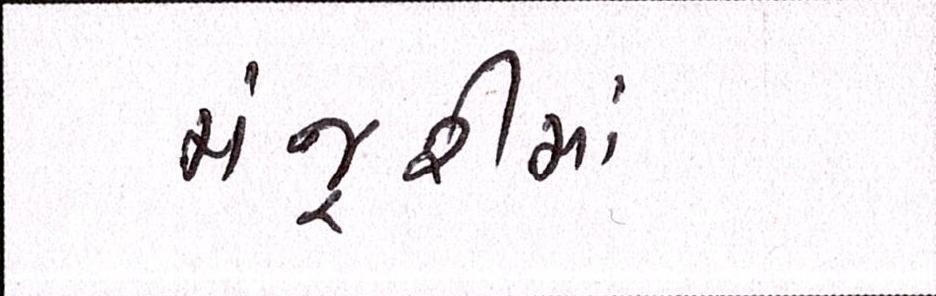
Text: મંજૂરીમાં